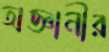
অজ্ঞানীর